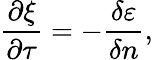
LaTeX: \frac{\partial\xi}{\partial\tau}=-\frac{\delta\varepsilon}{\delta n},